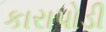
કારાપોડી